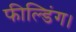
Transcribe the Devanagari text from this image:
फील्डिंग।